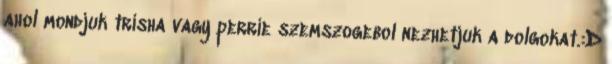
ahol mondjuk trisha vagy perrie szemszogebol nezhetjuk a dolgokat.:D